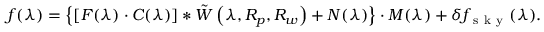
f ( \lambda ) = \left\{ [ F ( \lambda ) \cdot C ( \lambda ) ] * \tilde { W } \left( \lambda , R _ { p } , R _ { w } \right) + N ( \lambda ) \right\} \cdot M ( \lambda ) + \delta f _ { \mathrm { ~ s ~ k ~ y ~ } } ( \lambda ) .